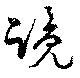
覧